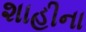
શાહીના